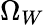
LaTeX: \Omega_{W}